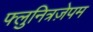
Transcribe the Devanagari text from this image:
फ्लुनित्रज़ेपम